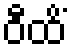
ဝီထိံ